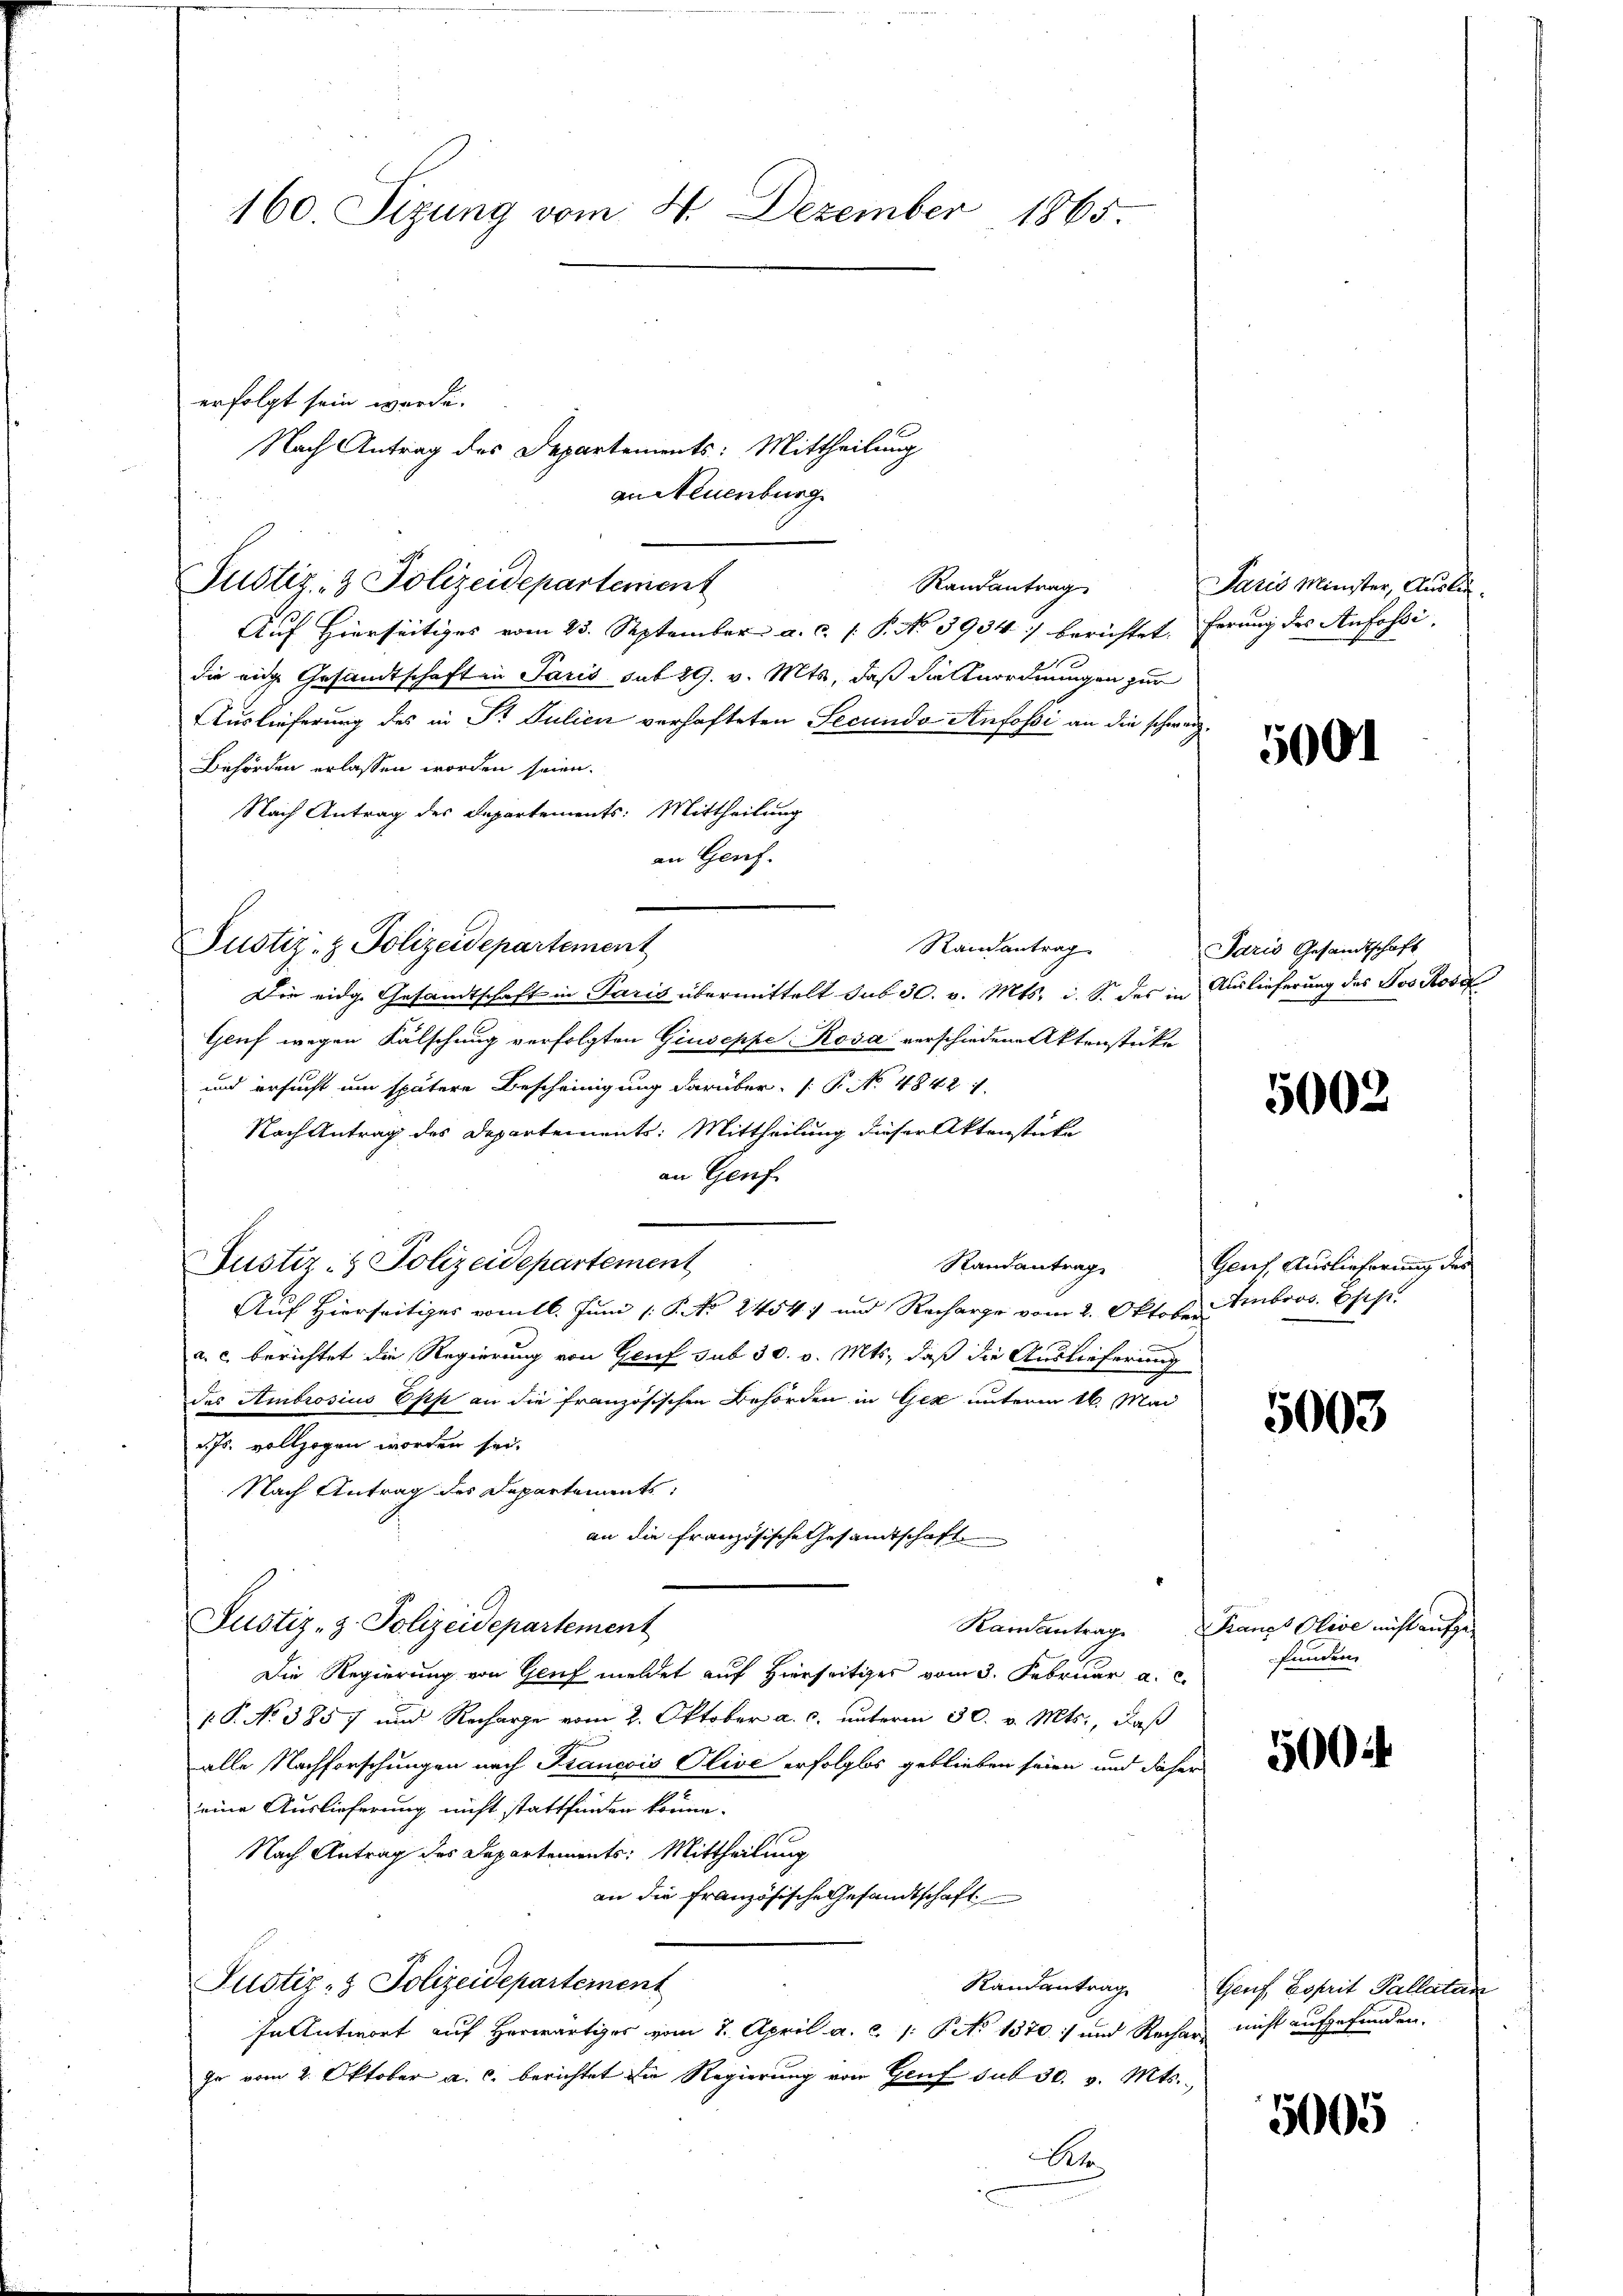
160. Sizung vom 4. Dezember 1865.

Justiz- & Polizeidepartement

an Neuenburg
Randantrag
Auf Hierseitiges vom 23. September a. c. 1. P. No 3934/ berichtet, ferung des Anfossidie eige Gesandtschaft in Paris sub 29. v. Mts, daß die Anordnungen zur
Auslieferung des in Dr. Julien verhafteten Secundo Anfosi an die schwarz¬
Behörden erlassen worden seien.
Nach Antrag des Departements: Mittheilung
an Genf.
Justiz- & Polizeidepartement
Randantrag
Die eidg. Gesandtschaft in Paris übermittelt sub 30. v. Mts. i. S. des in Auslieferung des Jos Rosa
Gruf wegen Fälschung verfolgten Giuseppe Rosa verschiedene Aktenstücke
und ersucht um spätere Bescheinigung darüber. P. No 4842. 1
Nach Antrag des Departements: Mittheilung dieser Aktenstücke
an Genf
Justiz- & Polizeidepartement
Standantrage
Auf Hierseitiges vom 16. Juni / P. Nr. 2454) und Recharge vom 2. Oktober Ambros. Esch
a. c. berichtet die Regierung von Genf sub 30. v. Mts., daß die Auslieferung
des Ambrosius Opp an die französischen Behörden in Ger unterm 16. Mai
d. Js. vollzogen worden sei.
Nach Antrag des Departements
an die französische Gesamtschaft
Justiz- & Polizeidepartement
Die Regierung von Gluf meldet auf Hierseitiges vom 3. Februar a.
p. P. No 3857 und Recharge vom 2. Oktober a. c. unterm 30. v. Mts., daß
alle Nachforschungen nach Francois Olive erfolglos geblieben seien und daher
eine Auslieferung nicht stattfinden könne.
Nach Antrag des Departements: Mittheilung
an die französische Gesandtschaft
Justiz- & Polizeidepartement
In Antwort auf herwärtiges vom 2. April a. c. 1: No 1370) und Rechar nicht aufgefunden.
hr vom 2. Oktober a. c. berichtet die Regierung von Genf sub 30. v. Mts.,
Ar.

erfolgt sein werde.
Nach Antrag des Departements: Mittheilung

Paris Minister, Auslie¬

5001

Paris Gesandtschaft

5002

Geuf Auslieferung des

5003

Kamantrag Francs Olive nicht aufgefunden.

5004

Randantrag Genf Coperit Pallatan

5005